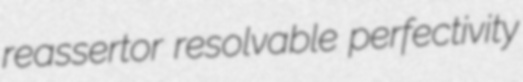
reassertor resolvable perfectivity